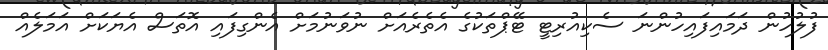
ފުލުހުން ދަމައިފައިހުންނަ ސެކިއުރިޓީ ޓޭޕްތަކުގެ އެތެރެއަށް ނުވަނުމަށް އެންގިފައި އޮތަސް އެޔަކަށް އަމަލެއް